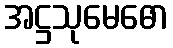
အဋ္ဌသုမေဓော